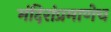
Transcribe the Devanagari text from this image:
मंदिरांप्रमाणेच